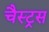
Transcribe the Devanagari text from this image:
चैस्ट्रस